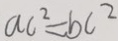
a c ^ { 2 } = b c ^ { 2 }